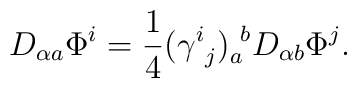
D_{\alpha a }\Phi^{i}={\frac{1}{4}}(\gamma^{i}_{\ j})_{ a }^{\  b  }D_{\alpha  b  }\Phi^{j}.